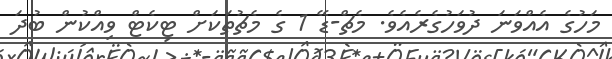
މަހުގެ އެއްވަނަ ދުވަހުގެރެއެވެ. މެޗް-ޑޭ 1 ގެ މެޗުތަކަށް ޓިކެޓް ވިއްކުން ބުދަ